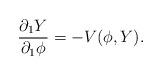
LaTeX: \begin{align*}\frac{\partial_1 Y}{\partial_1 \phi} = -V(\phi, Y).\end{align*}